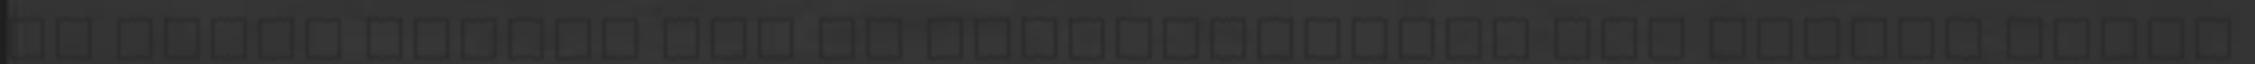
az eladó térben van és esztétikailag nem igazán mutat